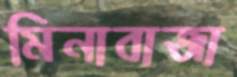
মিনাবাজা